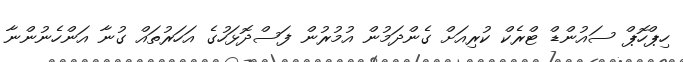
ހިޕްހޮޕް ސައުންޑް ޓްރެކް ކުރިއަށް ގެންދަމުން އުމުރުން ފަސްދޮޅަހުގެ އަހަރުތައް ގުނާ އަންހެނުންނާ